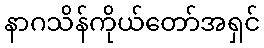
နာဂသိန်ကိုယ်တော်အရှင်